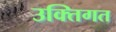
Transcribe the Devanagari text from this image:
उक्तिगत